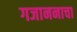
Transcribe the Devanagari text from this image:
गजाननाचा